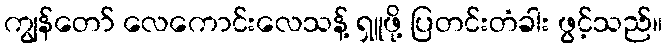
ကျွန်တော် လေကောင်းလေသန့် ရှူဖို့ ပြတင်းတံခါး ဖွင့်သည်။